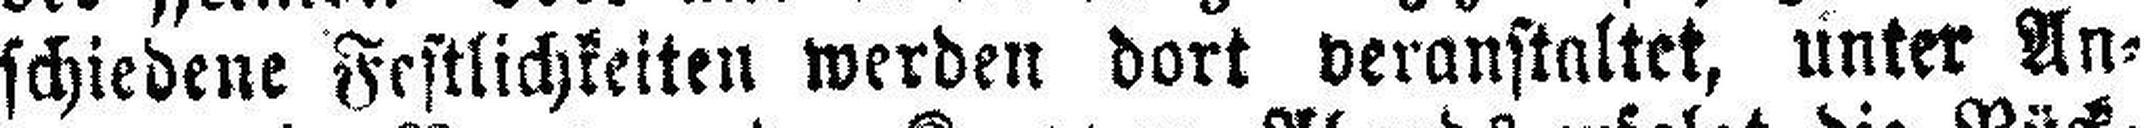
schiedene Festlichkeiten werden dort veranstaltet, unter An¬